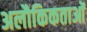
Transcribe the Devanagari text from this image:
अलौकिकताओं